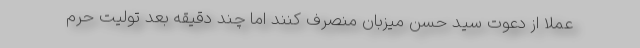
عملا از دعوت سید حسنِ میزبان منصرف کنند اما چند دقیقه بعد تولیت حرم